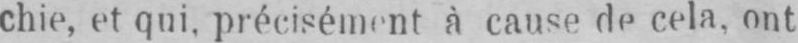
chie, et qui, précisément à cause de cela, ont